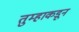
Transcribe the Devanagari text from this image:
तुम्हाकडून